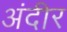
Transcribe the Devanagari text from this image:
अंदीर